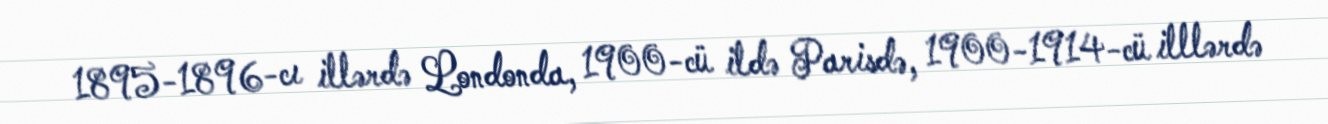
1895-1896-cı illərdə Londonda, 1900-cü ildə Parisdə, 1900-1914-cü illlərdə